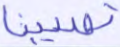
تصيبنا